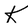
Character: K